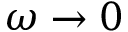
\omega \rightarrow 0